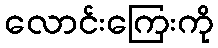
လောင်းကြေးကို